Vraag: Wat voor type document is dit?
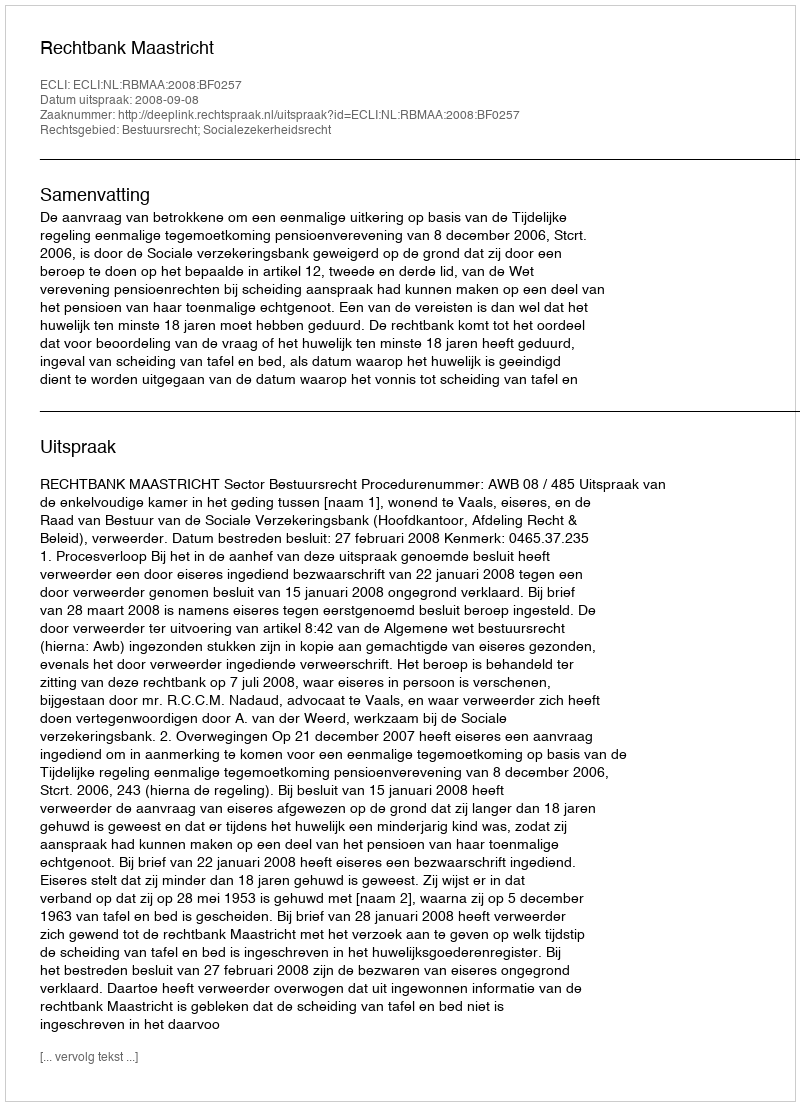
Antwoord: Uitspraak